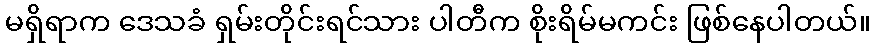
မရှိရာက ဒေသခံ ရှမ်းတိုင်းရင်သား ပါတီက စိုးရိမ်မကင်း ဖြစ်နေပါတယ်။